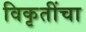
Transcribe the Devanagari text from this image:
विकृतींचा